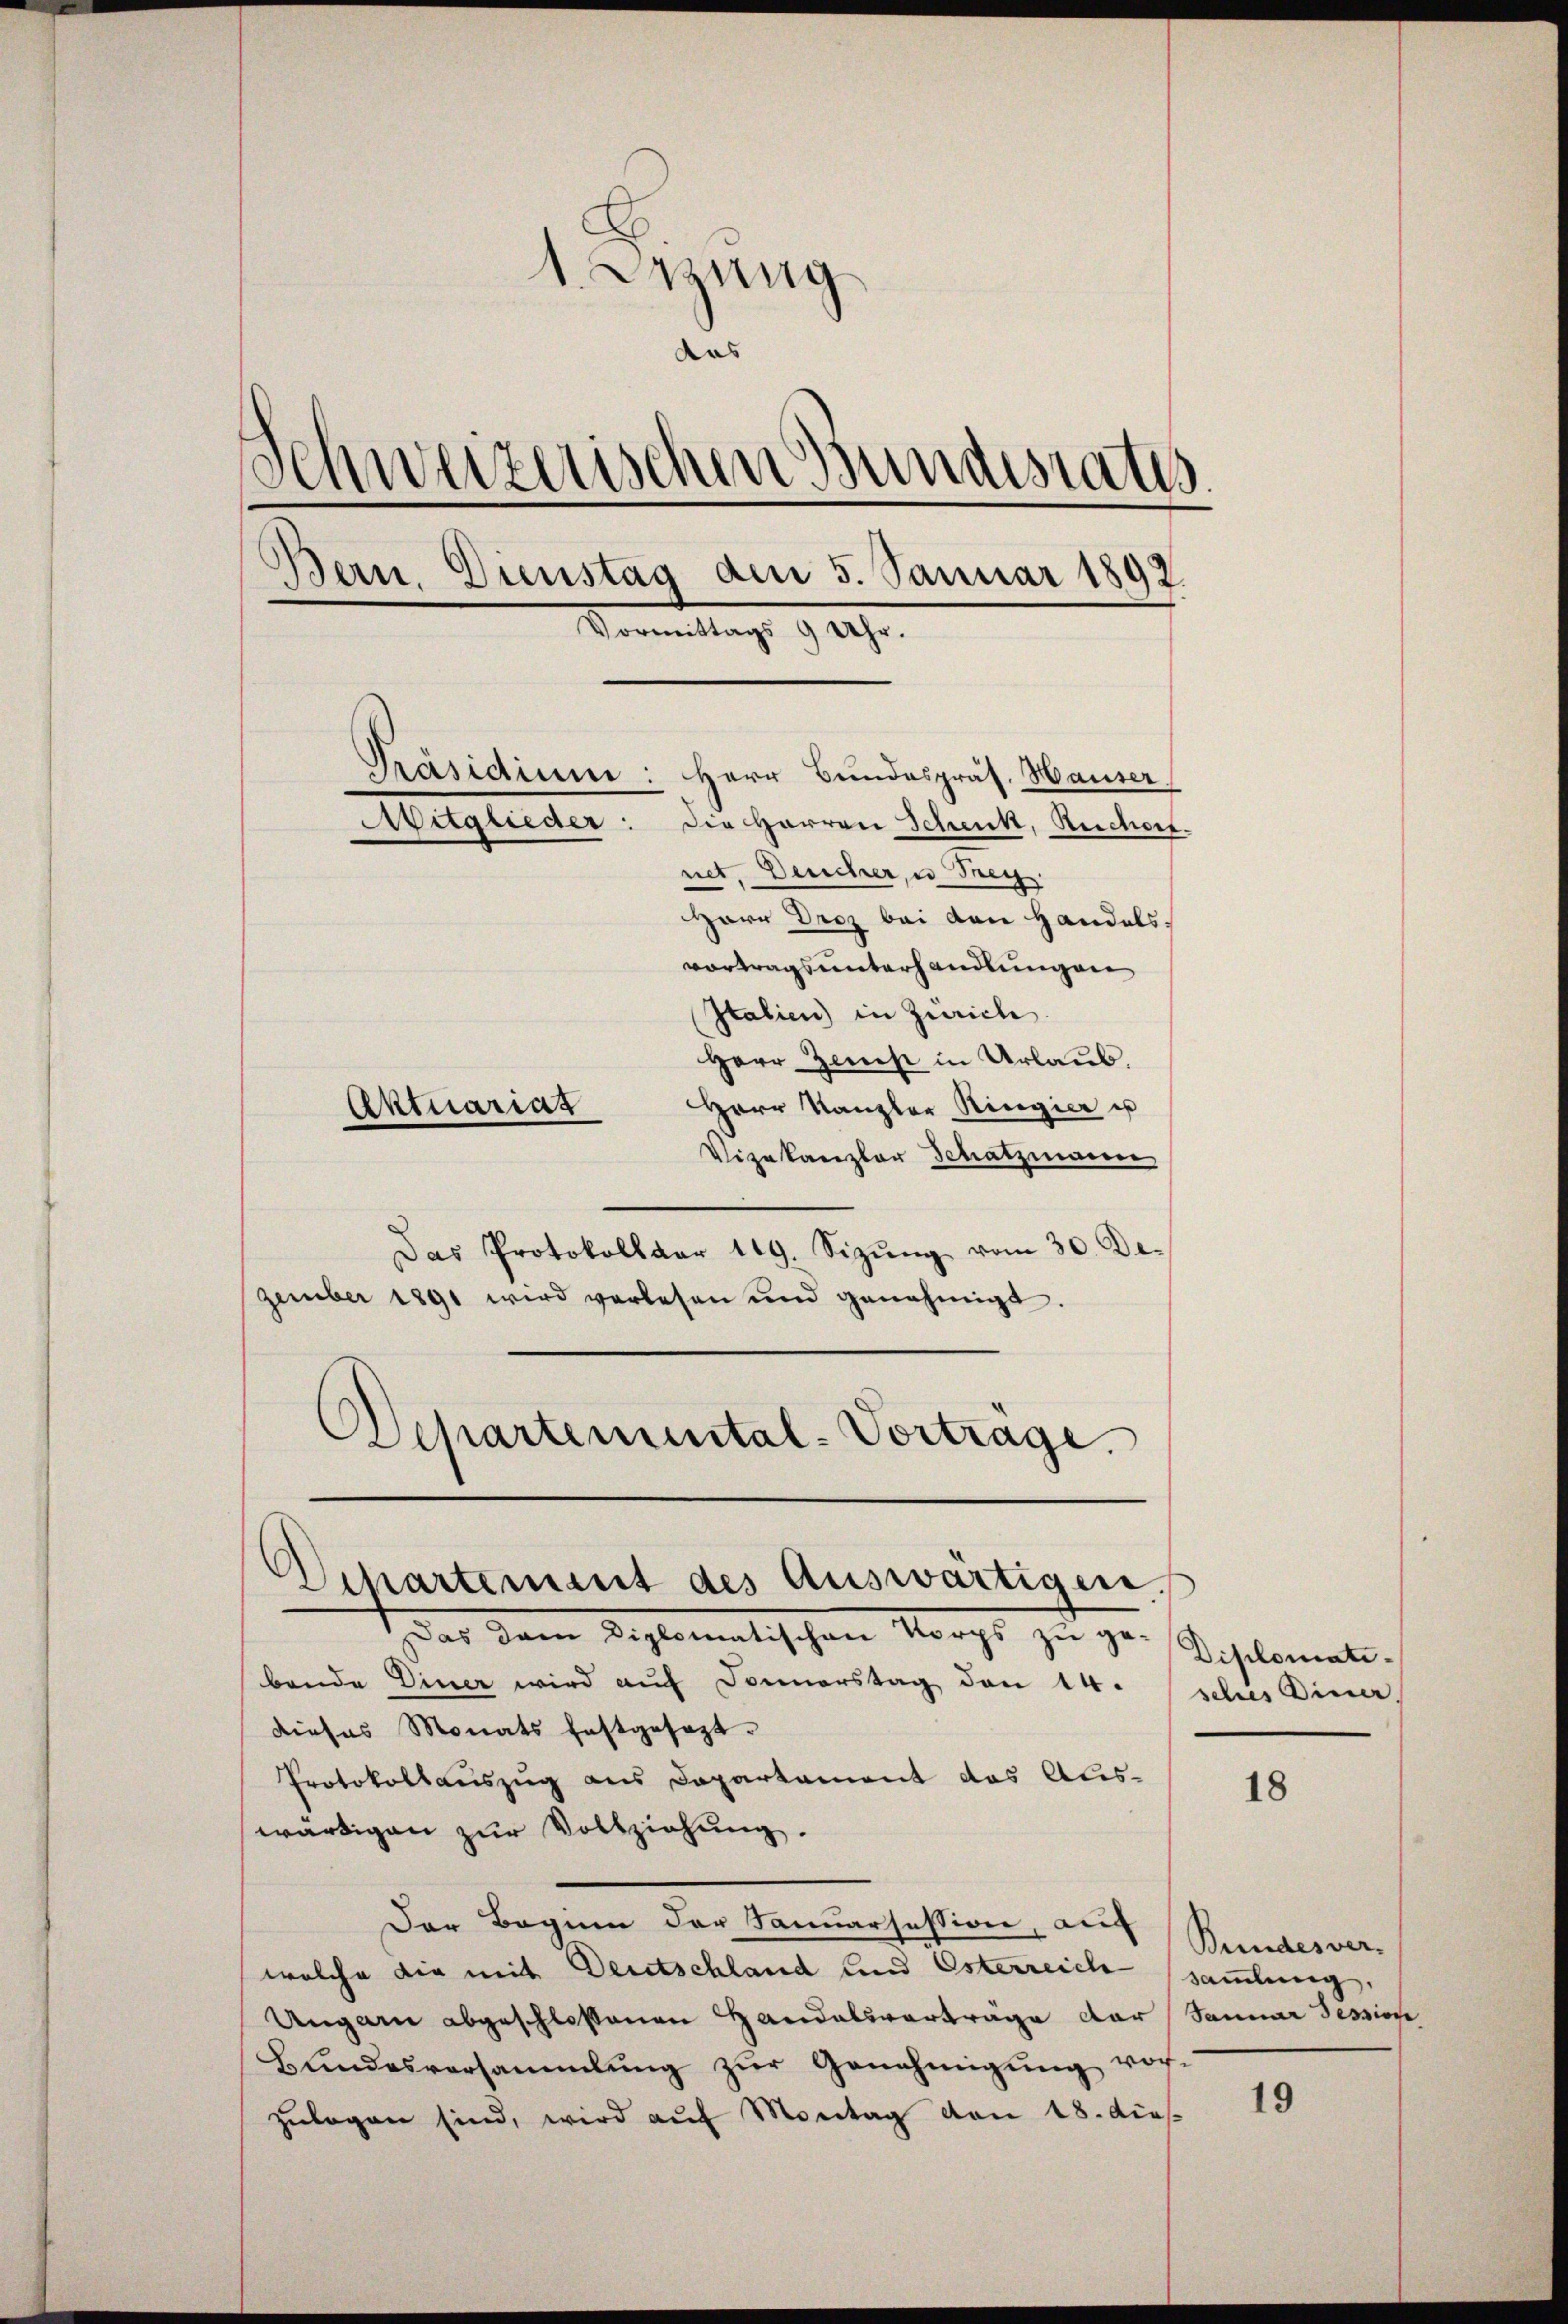
1. Jung
das
Schweizerischen Bundestatis.
.
Bern. Dienstag am 5. Januar 1892.
Vormittags 9 Uhr.
Präsidium: Herr Bundespräs. Hauser.
itglieder: die Herren Schenk, Reichert.
net, Deucher, u Frey.
Herr Droz bei von Handels.
vortragsunterhandlungen
Italien) in Zürich.
Herr Zins in Urlaub.
Herr Kanzler Ringier u
Aktuariat

Vizekanzler Schatzmann
Das Protokollar 119. Sizŭng vom 30. De
zember 1891 wird verlesen und genehmigt.
Schartemental-Vortrage.

Dipartement des Auswärtigen.

Das dann Diplomatischen Korps zu ge-
bende Diner wird auf Donnerstag den 14.
dieses Monats festgesezt.
Protokollauszug aus Departament das Aus-
wärtigen zur Vollziehung.
Der Begnen der Fanuarsession, auf
welche die mit Deutschland und Esterreich sammlung,
Ungarn abgeschlossenen Handelsvorträge der Sanuar Tession
Bŭndesversammlung zŭr Genehmigŭng vor.
zŭlegen sind, wird aŭf Montag von 18. dies

Diplomatisches Diner

18

Bundesver-

19